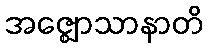
အဇ္ဈောသာနာတိ